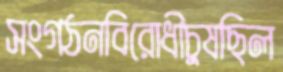
সংগঠনবিরোধীচুষছিল